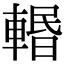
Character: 𨍌